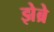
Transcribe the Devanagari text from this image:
झेब्रे